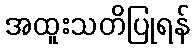
အထူးသတိပြုရန်